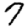
Digit: 7